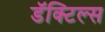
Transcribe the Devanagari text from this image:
डॅक्टिल्स